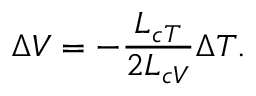
\Delta V = - \frac { L _ { c T } } { 2 L _ { c V } } \Delta T .